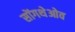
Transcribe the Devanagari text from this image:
सोंगथेओव